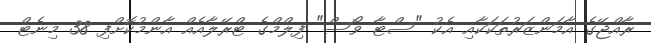
ރާއްޖޭގެ އާމަންޒަރުތަކަކާއި އެކު "ސްޓާ ވޯސް" ފިލްމްގެ ޓްރޭލާއެއް އާންމުކޮށްފި 38 މިނެޓް